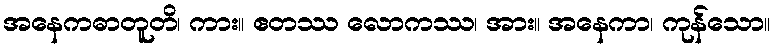
အနေကဓာတူတိ၊ ကား။ ဧတဿ လောကဿ၊ အား။ အနေကာ၊ ကုန်သော။